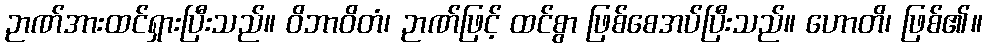
ဉာဏ်အားထင်ရှားပြီးသည်။ ဝိဘာဝိတံ၊ ဉာဏ်ဖြင့် ထင်စွာ ဖြစ်စေအပ်ပြီးသည်။ ဟောတိ၊ ဖြစ်၏။